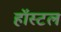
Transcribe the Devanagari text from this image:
हॉस्‍टल